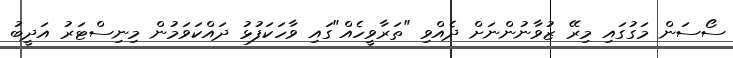
ސޯސަން މަގުގައި މިރޭ ޒުވާނުންނަށް ދެއްވި "ތަރާވީހެއް"ގައި ވާހަކަފުޅު ދައްކަވަމުން މިނިސްޓަރު އަދީބު